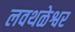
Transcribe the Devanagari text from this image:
लवथळेश्वर